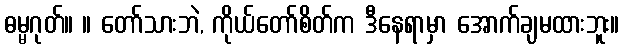
ဓမ္မဂုတ်။ ။ တော်သားဘဲ, ကိုယ်တော်စိတ်က ဒီနေရာမှာ အောက်ချမထားဘူး။